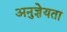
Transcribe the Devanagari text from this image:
अनुज्ञेयता